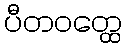
ပီတဝတ္ထေ